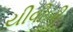
યીવીબી